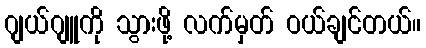
ဂျယ်ဂျူကို သွားဖို့ လက်မှတ် ဝယ်ချင်တယ်။